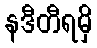
နဒီတီရမှိ